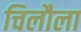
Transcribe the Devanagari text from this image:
चिलौला